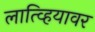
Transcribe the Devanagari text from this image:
लात्व्हियावर